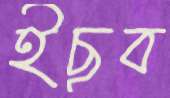
ইছুব